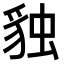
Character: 𧳃